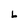
Character: L